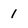
Character: 1